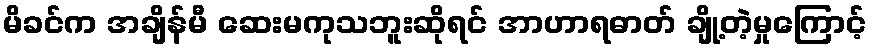
မိခင်က အချိန်မီ ဆေးမကုသဘူးဆိုရင် အာဟာရဓာတ် ချို့တဲ့မှုကြောင့်